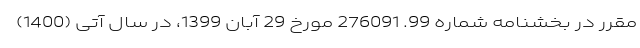
مقرر در بخشنامه شماره 99. 276091 مورخ 29 آبان 1399، در سال آتی (1400)